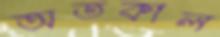
অতকাল